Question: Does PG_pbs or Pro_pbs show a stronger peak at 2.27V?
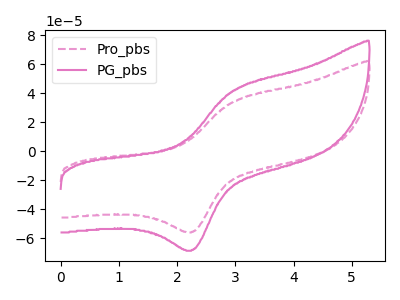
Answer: <think>The pink dashed curve "Pro_pbs" has an anodic peak at (2.95V, 34.20uA) and a cathodic peak at (2.25V, -55.50uA). The pink curve "PG_pbs" has an anodic peak at (2.95V, 41.90uA) and a cathodic peak at (2.25V, -68.00uA).</think>
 <answer>The peak at 2.27V is higher in "PG_pbs" than in "Pro_pbs".</answer>
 <eval>higher</eval>